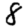
Digit: 8